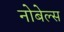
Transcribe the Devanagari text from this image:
नोबेल्स